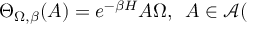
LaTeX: \Theta _ { \Omega , \beta } ( A ) = e ^ { - \beta H } A \Omega , \, \, \, A \in \mathcal { A } (